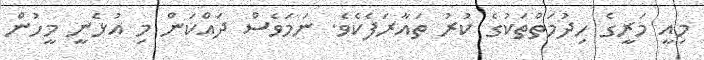
މިއީ މަރީގެ ހިދުމަތްތަކުގެ ކުރު ތައާރަފެކެވެ. ނަމަވެސް ދައްކަން މި އުޅެނީ މީހުން